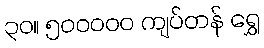
၃၀။ ၅၀၀၀၀၀ ကျပ်တန် ရွှေ